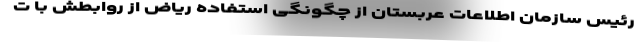
رئیس سازمان اطلاعات عربستان از چگونگی استفاده ریاض از روابطش با ت